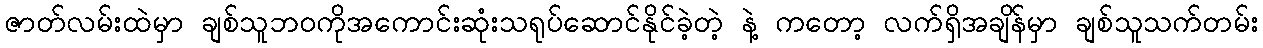
ဇာတ်လမ်းထဲမှာ ချစ်သူဘဝကိုအကောင်းဆုံးသရုပ်ဆောင်နိုင်ခဲ့တဲ့ နဲ့ ကတော့ လက်ရှိအချိန်မှာ ချစ်သူသက်တမ်း